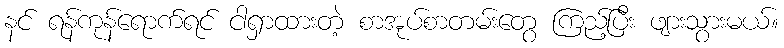
နင် ရန်ကုန်ရောက်ရင် ငါရှာထားတဲ့ စာအုပ်စာတမ်းတွေ ကြည့်ပြီး ဖျားသွားမယ်။